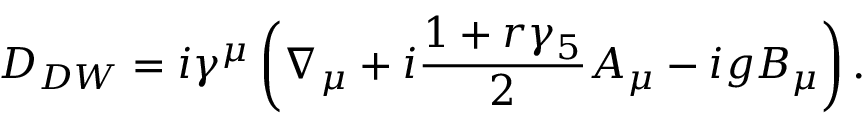
D _ { D W } = i \gamma ^ { \mu } \left( \nabla _ { \mu } + i \frac { 1 + r \gamma _ { 5 } } { 2 } A _ { \mu } - i g B _ { \mu } \right) .